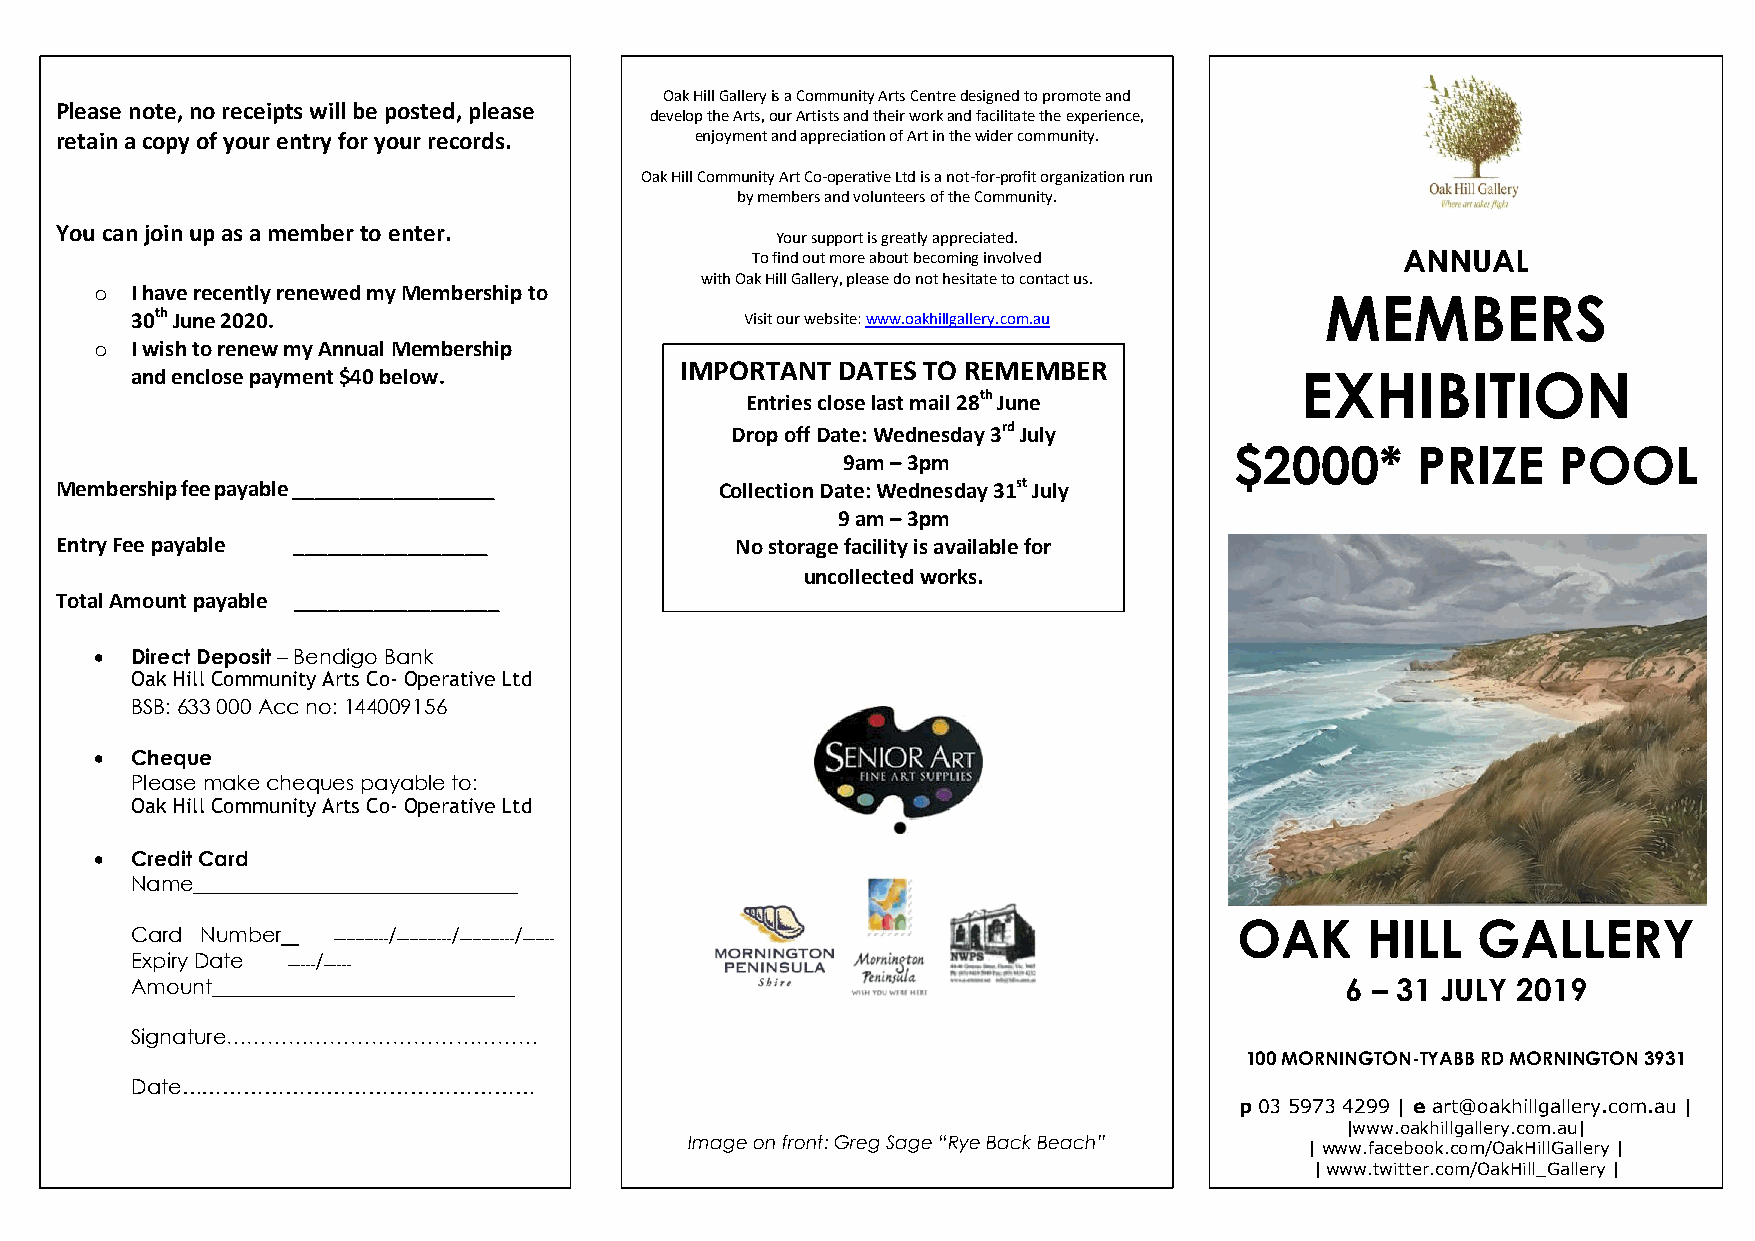
Oak Hill Gallery is a Community Arts Centre designed to promote and
 Please note, no receipts will be posted, please
 develop the Arts, our Artists and their work and facilitate the experience,
 retain a copy of your entry for your records. enjoyment and appreciation of Art in the wider community.
 Oak Hill Community Art Co-operative Ltd is a not-for-profit organization run
 by members and volunteers of the Community.
 You can join up as a member to enter.
 Your support is greatly appreciated.
 To find out more about becoming involved   ANNUAL
 with Oak Hill Gallery, please do not hesitate to contact us.
 o  I have recently renewed my Membership to
 MEMBERS
 30th June 2020.                         Visit our website: www.oakhillgallery.com.au
 o  I wish to renew my Annual Membership
 and enclose payment $40 below.
 IMPORTANT DATE \\\S TO REMEMBER
 EXHIBITION
 Entries close last mail 28th June
 Drop off Date: We dnesday 3rd July
 9am – 3pm
 $2000*      PRIZE    POOL
 \\\\\
 Membership fee payable __________________   Collection Date: Wednesday 31st July
 9 am – 3pm
 Entry Fee payable _________________          No storage facilit y is available for
 uncollecte d works.
 Total Amount payable __________________
   Direct Deposit – Bendigo Bank
 Oak Hill Community Arts Co- Operative Ltd
 BSB: 633 000 Acc no: 144009156
   Cheque
 Please make cheques payable to:
 Oak Hill Community Arts Co- Operative Ltd
   Credit Card
 Name_______________________________
 OAK     HILL    GALLERY
 Card Number      /   /   /
 ------------ ------------ ------------ -------
 Expiry Date /
 ------ ------
 Amount_____________________________                                             6 – 31 JULY 2019
 Signature………………………………………
 100 MORNINGTON-TYABB RD MORNINGTON 3931
 Date……………………………………………
 p 03 5973 4299 | e art@oakhillgallery.com.au |
 |www.oakhillgallery.com.au|
 Image on front: Greg Sage “Rye Back Beach”
 | www.facebook.com/OakHillGallery |
 | www.twitter.com/OakHill_Gallery |